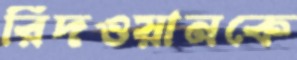
রিদওয়ানকে